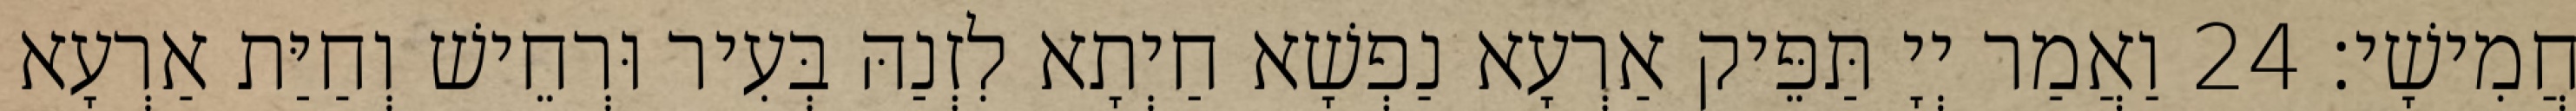
חֲמִישָׁי׃ 24 וַאֲמַר יְיָ תַּפֵּיק אַרְעָא נַפְשָׁא חַיְתָא לִזְנַהּ בְּעִיר וּרְחֵישׁ וְחַיַּת אַרְעָא